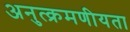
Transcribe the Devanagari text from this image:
अनुत्क्रमणीयता